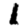
Digit: 1